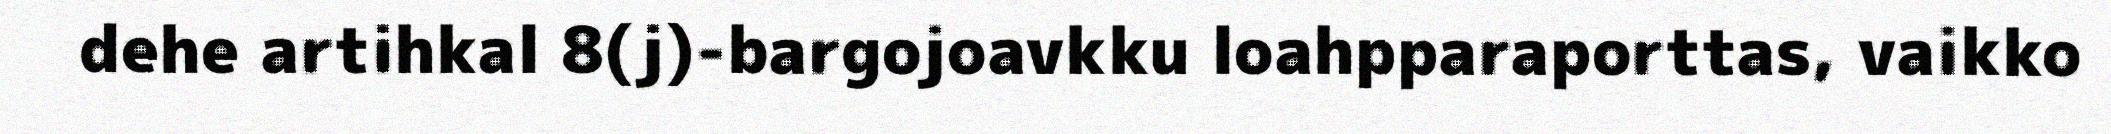
dehe artihkal 8(j)-bargojoavkku loahpparaporttas, vaikko